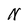
Character: N